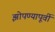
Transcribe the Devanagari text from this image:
झोपण्यापूर्वी